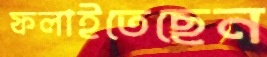
ফলাইতেছেন